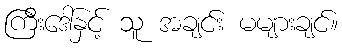
ကြီးဒေါ်နှင့် သူ အချင်း မများချင်။